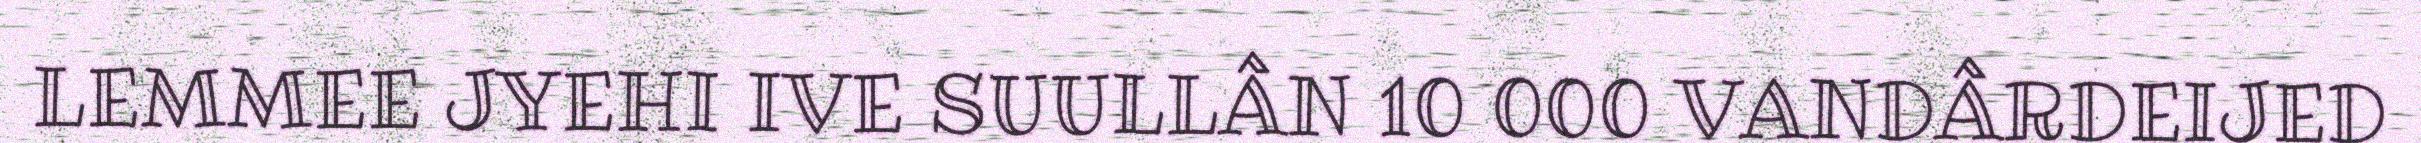
LEMMEE JYEHI IVE SUULLÂN 10 000 VANDÂRDEIJED